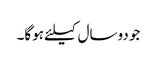
جو دوسال کیلئے ہوگا۔